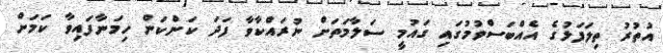
އުތުރު ތިލަފަޅުގެ އެއްބަސްވުމުގައި ގައުމީ ސަލާމަތަށް ނުރައްކާވާ ފަދަ ކަންކަން ހިމަނާފައިވާ ކަމަށް